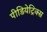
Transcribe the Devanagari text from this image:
पीडियेट्रिक्स